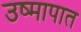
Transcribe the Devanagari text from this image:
उष्मापात